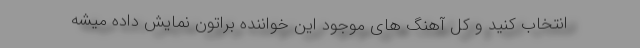
انتخاب کنید و کل آهنگ های موجود این خواننده براتون نمایش داده میشه